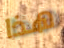
هذا